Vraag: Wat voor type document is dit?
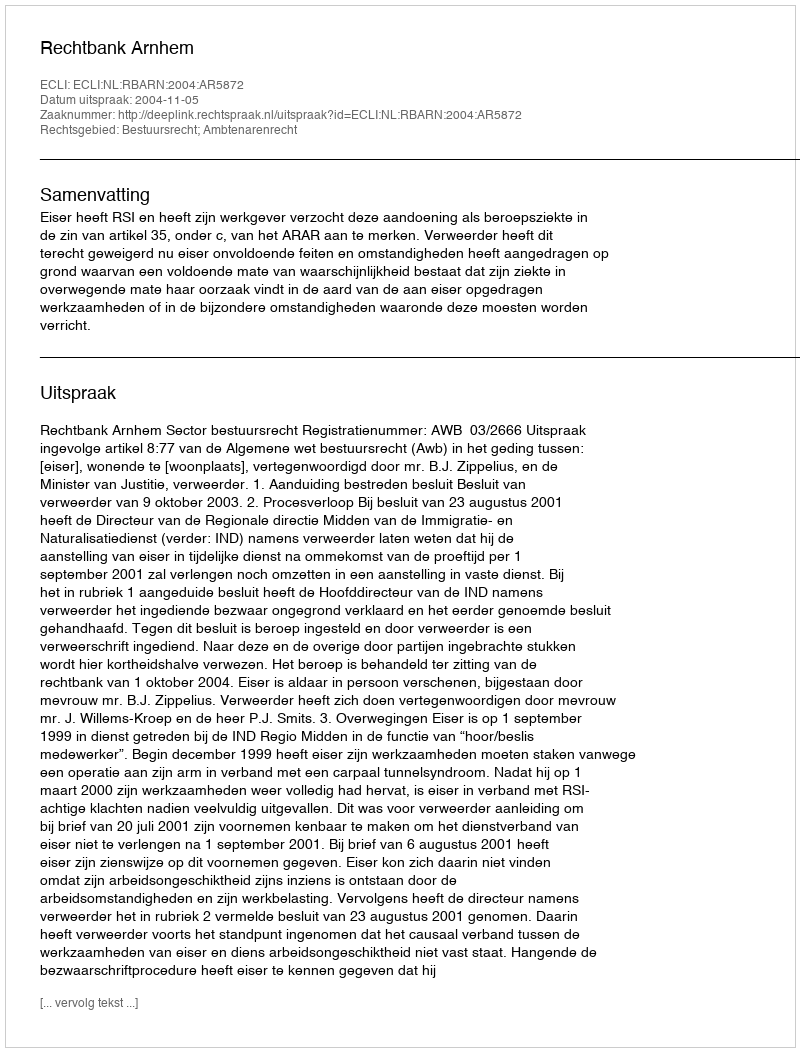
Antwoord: Uitspraak